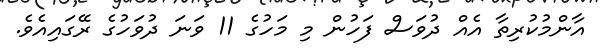
އާންމުކުރިތާ އެއް ދުވަސް ފަހުން މި މަހުގެ 11 ވަނަ ދުވަހުގެ ރޭގައިއެވެ.